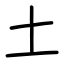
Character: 土